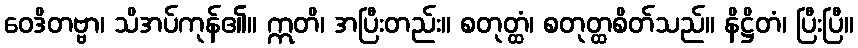
ဝေဒိတဗ္ဗာ၊ သိအပ်ကုန်၏။ ဣတိ၊ အပြီးတည်း။ စတုတ္ထံ၊ စတုတ္ထစိတ်သည်။ နိဋ္ဌိတံ၊ ပြီးပြီ။